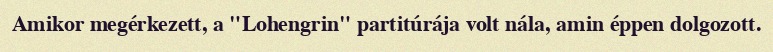
Amikor megérkezett, a "Lohengrin" partitúrája volt nála, amin éppen dolgozott.